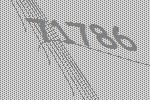
71786